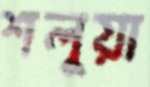
শলুয়া